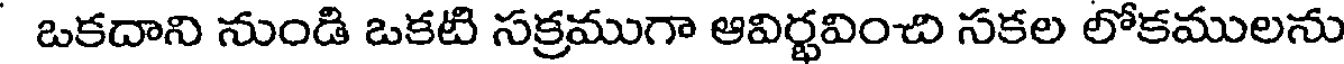
ఒకదాని నుండి ఒకటి సక్రముగా ఆవిర్భవించి సకల లోకములను